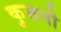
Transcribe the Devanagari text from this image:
कुसनो